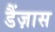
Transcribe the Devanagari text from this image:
डैंज़ास